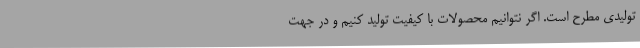
تولیدی مطرح است. اگر نتوانیم محصولات با کیفیت تولید کنیم و در جهت